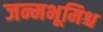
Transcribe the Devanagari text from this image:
जन्मभूमिश्च